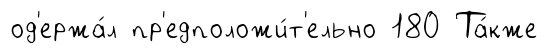
од'ержа́л пр'едположи́т'ельно 180 Та́кже